Calcutta medical institutions reports 1879-81 [i.e.91]
Year: 1879
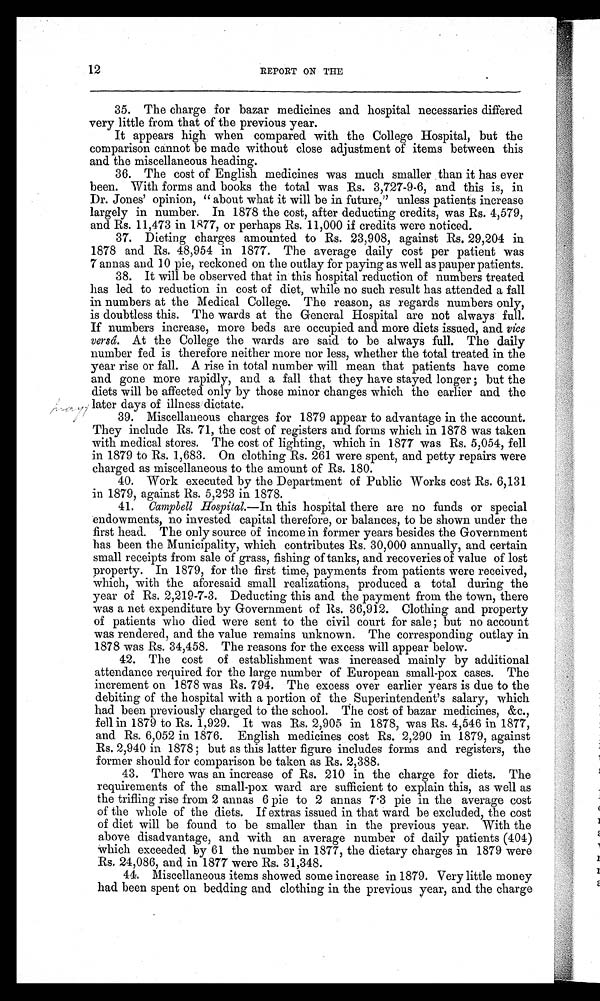
12
REPORT ON THE
mary
35. The charge for bazar medicines and hospital necessaries differed
very little from that of the previous year.
It appears high when compared with the College Hospital, but the
comparison cannot be made without close adjustment of items between this
and the miscellaneous heading.
36. The cost of English medicines was much smaller than it has ever
been. With forms and books the total was Rs. 3,727-9-6, and this is, in
Dr. Jones' opinion, "about what it will be in future," unless patients increase
largely in number. In 1878 the cost, after deducting credits, was Rs. 4,579,
and Rs. 11,473 in 1877, or perhaps Rs. 11,000 if credits were noticed.
37. Dieting charges amounted to Rs. 23,908, against Rs. 29,204 in
1878 and Rs. 48,954 in 1877. The average daily cost per patient was
7 annas and 10 pie, reckoned on the outlay for paying as well as pauper patients.
38. It will be observed that in this hospital reduction of numbers treated
has led to reduction in cost of diet, while no such result has attended a fall
in numbers at the Medical College. The reason, as regards numbers only,
is doubtless this. The wards at the General Hospital are not always full.
If numbers increase, more beds are occupied and more diets issued, and vice
versâ. At the College the wards are said to be always full. The daily
number fed is therefore neither more nor less, whether the total treated in the
year rise or fall. A rise in total number will mean that patients have come
and gone more rapidly, and a fall that they have stayed longer; but the
diets will be affected only by those minor changes which the earlier and. the
later days of illness dictate.
39. Miscellaneous charges for 1879 appear to advantage in the account.
They include Rs. 71, the cost of registers and forms which in 1878 was taken
with medical stores. The cost of lighting, which in 1877 was Rs. 5,054, fell
in 1879 to Rs. 1,683. On clothing Rs. 261 were spent, and petty repairs were
charged as miscellaneous to the amount of Rs. 180.
40. Work executed by the Department of Public Works cost Rs. 6,131
in 1879, against Rs. 5,263 in 1878.
41. Campbell Hospital.— In this hospital there are no funds or special
endowments, no invested capital therefore, or balances, to be shown under the
first head. The only source of income in former years besides the Government
has been the Municipality, which contributes Rs. 30,000 annually, and certain
small receipts from sale of grass, fishing of tanks, and recoveries of value of lost
property. In 1879, for the first time, payments from patients were received,
which, with the aforesaid small realizations, produced a total during the
year of Rs. 2,219-7-3. Deducting this and the payment from the town, there
was a net expenditure by Government of Rs. 36,912. Clothing and property
of patients who died were sent to the civil court for sale; but no account
was rendered, and the value remains unknown. The corresponding outlay in
1878 was Rs. 34,458. The reasons for the excess will appear below.
42. The cost of establishment was increased mainly by additional
attendance required for the large number of European small-pox cases. The
increment on 1878 was Rs. 794. The excess over earlier years is due to the
debiting of the hospital with a portion of the Superintendent's salary, which
had been previously charged to the school. The cost of bazar medicines, &c.,
fell in 1879 to Rs. 1,929. It was Rs. 2,905 in 1878, was Rs. 4,546 in 1877,
and Rs. 6,052 in 1876. English medicines cost Rs. 2,290 in 1879, against
Rs. 2,940 in 1878; but as this latter figure includes forms and registers, the
former should for comparison be taken as Rs. 2,388.
43. There was an increase of Rs. 210 in the charge for diets. The
requirements of the small-pox ward are sufficient to explain this, as well as
the trifling rise from 2 annas 6 pie to 2 annas 7.3 pie in the average cost
of the whole of the diets. If extras issued in that ward be excluded, the cost
of diet will be found to be smaller than in the previous year. With the
above disadvantage, and with an average number of daily patients (404)
which exceeded by 61 the number in 1877, the dietary charges in 1879 were
Rs. 24,086, and in 1877 were Rs. 31,348.
44. Miscellaneous items showed some increase in 1879. Very little money
had been spent on bedding and clothing in the previous year, and the charge